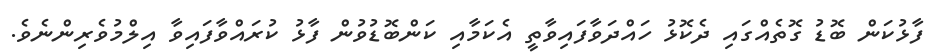
ފާޅުކަން ބޮޑު ގޮތެއްގައި ދެކޮޅު ހައްދަވާފައިވާތީ އެކަމާއި ކަންބޮޑުވުން ފާޅު ކުރައްވާފައިވާ އިލްމުވެރިންނެވެ.